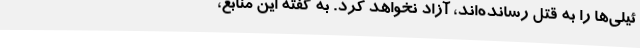
ئیلی‌ها را به قتل رسانده‌اند، آزاد نخواهد کرد. به گفته این منابع،